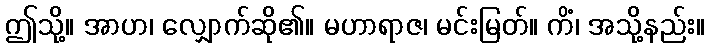
ဤသို့။ အာဟ၊ လျှောက်ဆို၏။ မဟာရာဇ၊ မင်းမြတ်။ ကိံ၊ အသို့နည်း။